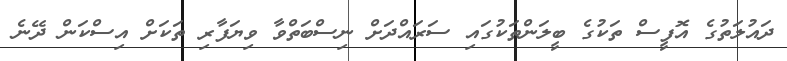
ދައުލަތުގެ އޮފީސް ތަކުގެ ބީލަންތަކުގައި ސަރައްދަށް ނިސްބަތްވާ ވިޔަފާރި ތަކަށް އިސްކަން ދޭނެ